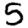
Digit: 5